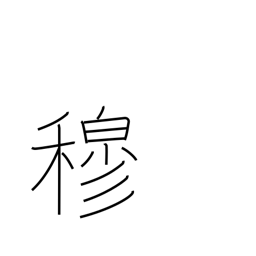
Meaning: respectful